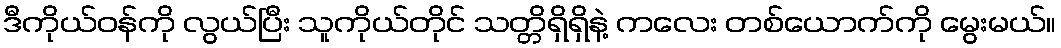
ဒီကိုယ်ဝန်ကို လွယ်ပြီး သူကိုယ်တိုင် သတ္တိရှိရှိနဲ့ ကလေး တစ်ယောက်ကို မွေးမယ်။